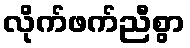
လိုက်ဖက်ညီစွာ